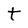
Character: t